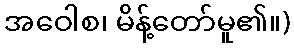
အဝေါစ၊ မိန့်တော်မူ၏။)